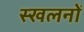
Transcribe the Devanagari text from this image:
स्खलनों